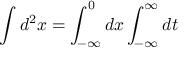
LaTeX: \int d ^ { 2 } x = \int _ { - \infty } ^ { 0 } d x \int _ { - \infty } ^ { \infty } d t